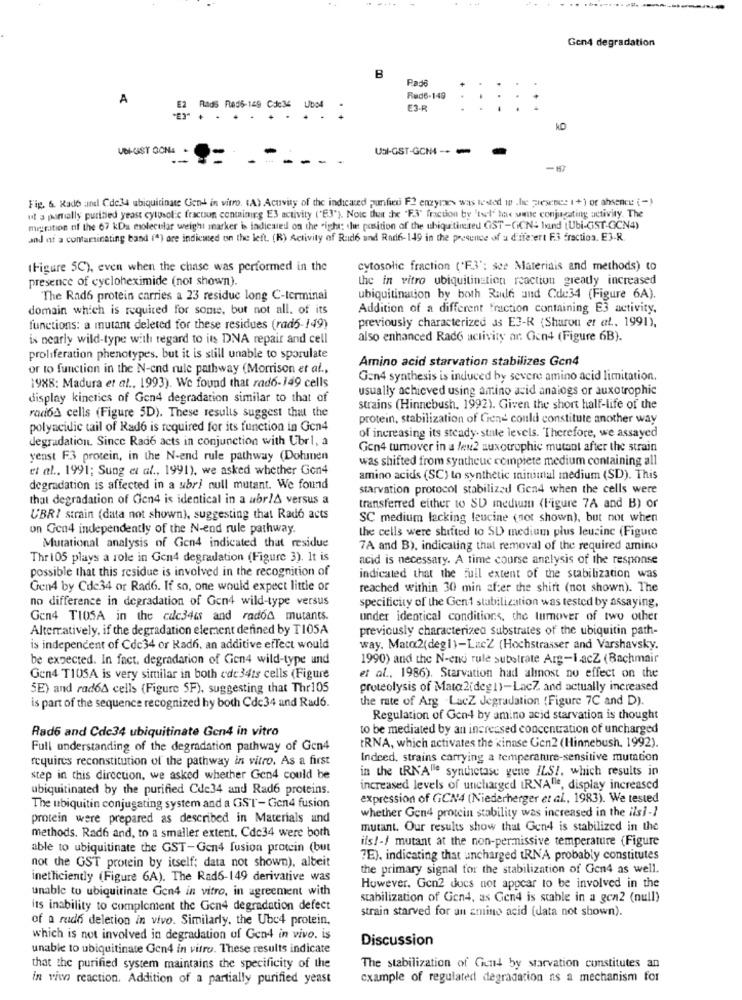
Gen4 degradation
B
Pad
A
Red6-149
:
.E2 Rads F005-149 Cc:36 Ubo4
E3-R
:
UDK-GIST GONA -
USI-GST-GCM-
Fig. 6. Kado and Cde.34 ubiquitinate Gen in vitro. (A) Acuvity of the indicated punfieu F2 enzymes was tested w .he presence 1+) or absence (-)
ut a partially purified yeast cytusolic fracuon containing E3 activity ('E3"). Note that the "F.S' fraction by 'tel" has uante conjugating activity. The
migration of the 67 kDa molecular weight marker is indicated on the right: the position of the ubiquitinted GST-CiCN- band (Ubi-GST-GCN4)
and of a contaminating band (") are indicated on the left. (R) Activity of Rud6 und Rad6-149 in the presence of a different F.3 fraction. E3-R.
(Figure 5C), even when the chase was performed in the
cytosolic fraction (*F3': see Materiais and methods) to
presence of cycloheximide (not shown)
the in vitro ubiquitination reaction greatly increased
The Rad6 protein carries a 23 residue long C-terminal
ubiquitination by both Rade and Cde34 (Figure 6A).
domain which is required for some, but not all. of its
Addition of a different fraction containing E3 activity.
functions: a mutant deleted for these residues (rad6-149)
previously characterized Js E3-R (Sharon et al. 1991),
is nearly wild-type with regard to its DNA repair and cell
also enhanced Rado activity ar. Gen4 (Figure 6B).
proliferation phenotypes, but it is still unable to sporulate
Amino acid starvation stabilizes Gon4
or to function in the N-end rule pathway (Morrison et al .,
Gen4 synthesis is induced by severe amino acid limitation.
1988: Madura et al ., 1993). We found that rad6-149 cells
usually achieved using amino acid analogs or auxotrophic
display kinetics of Gen4 degradation similar to that of
strains (Hinnebush, 1992). Given the short half-life of the
rados cells (Figure 5D). These results suggest that the
protein, stabilization of Gend could constitute another way
polyacidic tail of Rad6 is required for its function in Gen4
of increasing its steady- state levels. Therefore, we assayed
degradation. Since Rad6 acts in conjunction with Ubrl, a
Gen4 turnover in a few2 auxotrophic mutant after the strain
yenst F3 protein, in the N-end rule pathway (Dohmen
was shifted from syntheuc complete medium containing all
et al ., 1991; Sung et al ., 1991), we asked whether Gon4
amino acids (SC) to synthetic minimal medium (SD). This
degradation is affected in a ubr/ null mutant. We found
starvation protocol stabilizad Gen4 when the cells were
that degradation of Gen4 is identical in a abr/A versus a
transferred either to SD medium (ligure 7A and B) or
UBRI strain (data not shown), suggesting that Rado acts
SC medium lacking leucine (not shown), but not when
on Gen4 independently of the N-end rule pathway.
the cells were shifted to SD medium plus leucine (Figure
Mutational analysis of Gen4 indicated that residue
7A and B), indicating that removal of the required amino
Thr 105 plays a role in Gen4 degradation (Figure 3). It is
acid is necessary. A time course analysis of the response
possible that this residue is involved in the recognition of
indicated that the full extent of the stabilization was
Gen4 by Cde34 or Rad6. If so, one would expect little or
reached within 30 min after the shift (not shown). The
no difference in degradation of Gen4 wild-type versus
specificity of the Gen1 stabilization was tested by assaying,
Gen4 T105A in the cac344s and rados mutants.
under identical conditions, the lumover of two other
Alternatively, if the degradation element defined by T105A
previously characterized substrates of the ubiquitin path-
is independent of Cdc34 or Rad6, an additive effect would
way. Mato2(deg1)-LucZ (Hochstrasser and Varshavsky.
be expected. In fact. degradation of Gen4 wild-type and
1990) and the N-end rule substrate Arg-IacZ (Rachmair
Gen4 T105A is very similar in both cde34ts cells (Figure
et al ., 1986). Starvation had almost no effect on the
SE) and rad6A cells (Figure SF), suggesting that Thr105
proteolysis of Mato2(deg 1)-LacZ, and actually increased
is part of the sequence recognized hy both Cdc34 and Rad6.
the rate of Arg .LacZ Jegradation (Figure 7C and D).
Regulation of Gen4 by amino acid starvation is thought
Rad6 and Cdc34 ubiquitinate Gen4 in vitro
to be mediated by an increased concentration of uncharged
Full understanding of the degradation pathway of Gen4
IRNA, which activates the kinase Gen2 (Hinnebush. 1992).
requires reconstitution of the pathway in vitro. As a first
Indeed, strains carrying a temperature-sensitive mutation
in the IRN'A"le synthetase gene ILS !. which results in
step in this direction, we asked whether Gen4 could be
ubiquitinated by the purified Cde34 and Rad6 proteins.
increased levels of uncharged IR.NA"le, display increased
expression of GCN4 (Niederberger et al ., 1983). We tested
The ubiquitin conjugating system and a GST- Gen4 fusion
whether Gen4 protein stability was increased in the ilsi-1
protein were prepared as described in Materials and
mutant. Our results show that Gen4 is stabilized in the
methods. Rad6 and, to a smaller extent, Cdc34 were both
ils !- / mutant at the non-permissive temperature (Figure
able to ubiquitinate the GST-Gen4 fusion protein (but
not the GST protein by itself; data not shown), albeit
?E), indicating that uncharged tRNA probably constitutes
the primary signal for the stabilization of Gen4 as well.
inetticiently (Figure 6A). The Rad6-149 derivative was
unable to ubiquitinate Gen4 in vitro, in agreement with
However. Gen2 does not appear to be involved in the
stabilization of Gen4, as Gen4 is stable in a gen2 (null)
its inability to complement the Gen4 degradation defect
strain starved for an amino acid (data not shown).
of a rude deletion in vivo. Similarly, the Ubc4 protein,
which is not involved in degradation of Gen4 in vivo. is
Discussion
unable to ubiquitinate Gen4 in vitro. These results indicate
that the purified system maintains the specificity of the
The stabilization of Ciund by starvation constitutes an
in viw reaction. Addition of a partially purified yeast
example of regulated degradation as a mechanism for